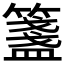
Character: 𥵃